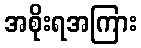
အစိုးရအကြား